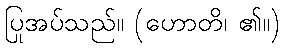
ပြုအပ်သည်။ (ဟောတိ၊ ၏။)